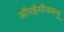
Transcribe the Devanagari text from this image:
औरईसीडब्ल्यू